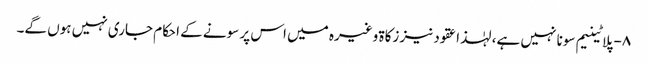
۸- پلاٹینیم سونا نہیں ہے، لہٰذا عقود نیز زکاۃ وغیرہ میں اس پر سونے کے احکام جاری نہیں ہوں گے۔